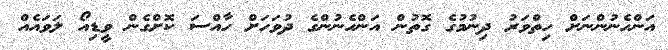
އަންހެނުންނަށް ހިތްވަރު ދިނުމުގެ ގޮތުން އަންހެނުންގެ ދުވަހަށް ހާއްސަ ކޮށްގެން ވީޑިއޯ ލަވައެއް